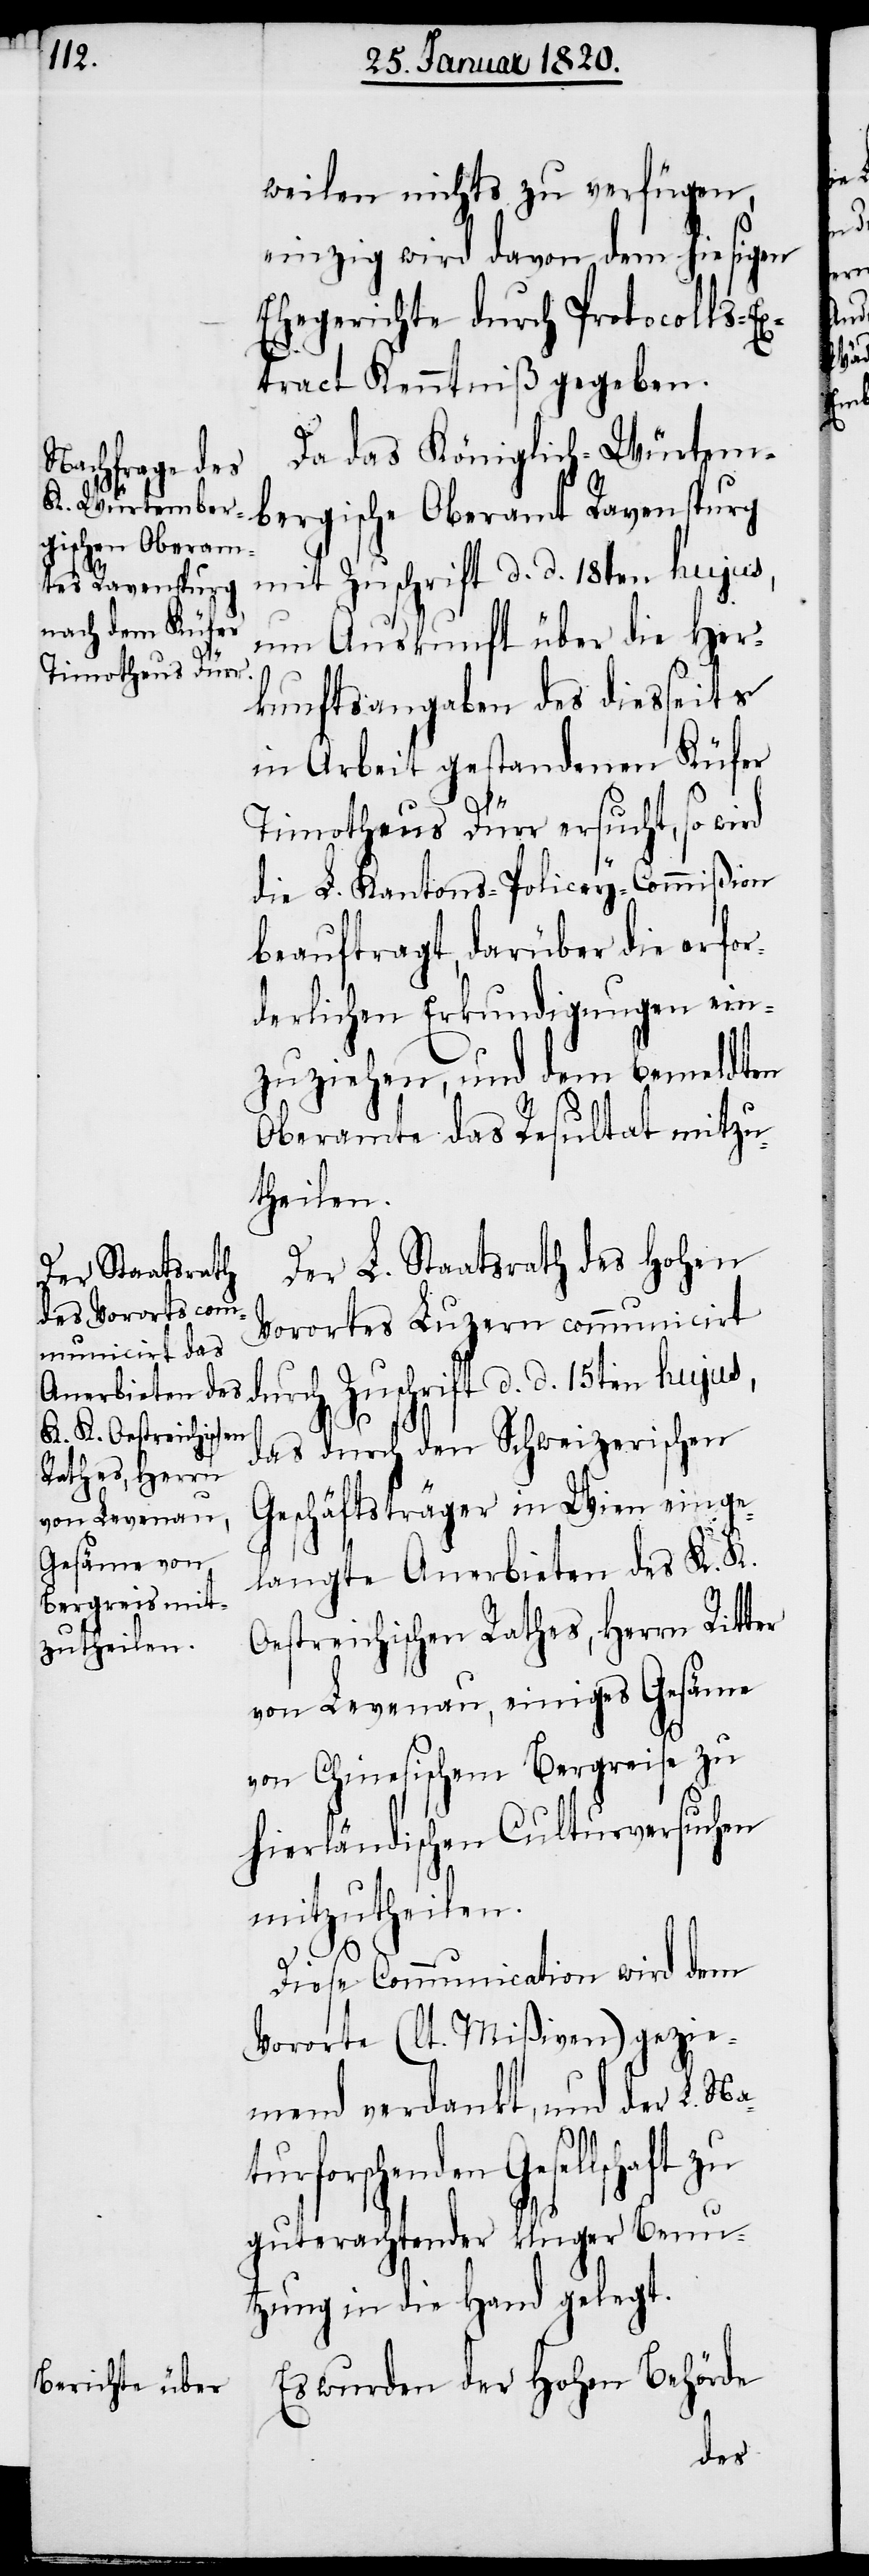
weilen nichts zu verfügen,
einzig wird davon dem hiesigen
Ehegerichte durch Protocolls-Ex¬
tract Kenntniß gegeben.
Da das Königlich-Würtem¬
bergische Oberamt Ravenspurg
mit Zuschrift d. d. 18ten hujus,
um Auskunft über die Her¬
kunftsangaben des diesseits
in Arbeit gestandenen Küfer
Timotheus Dürr ersucht, so wi¬
die L. Kantons-Policey-Commißion
beauftragt, darüber die erfor¬
derlichen Erkundigungen ein¬
zuziehen, und dem bemeldten
Oberamte das Resultat mitzu¬
theilen.
Der L. Staatsrath des Hohen
Vorortes Luzern communicirt
durch Zuschrift d. d. 15ten hujus,
das durch den Schweizerischen
Geschäftsträger in Wien einge¬
langte Anerbieten des K. K.
Oestreichischen Rathes, Herrn Ritter
von Levenau, einiges Gesäme
von Chinesischem Bergreise zu
hierländischen Culturversuchen
rd
mitzutheilen.
Diese Communication wird dem
Vororte (lt. Mißiven) gezie¬
mend verdankt, und der L. Na¬
forschenden Gesellschaft
guterachtender kluger Benu¬
tzung in die Hand gelegt.
Es wurden der Hohen Behörde
tur¬